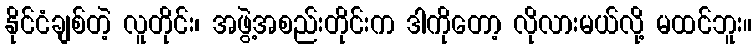
နိုင်ငံချစ်တဲ့ လူတိုင်း၊ အဖွဲ့အစည်းတိုင်းက ဒါကိုတော့ လိုလားမယ်လို့ မထင်ဘူး။